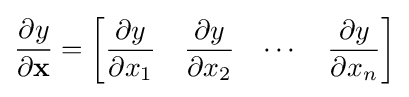
{\frac {\partial y}{\partial \mathbf {x} }}={\begin{bmatrix}{\dfrac {\partial y}{\partial x_{1}}}&{\dfrac {\partial y}{\partial x_{2}}}&\cdots &{\dfrac {\partial y}{\partial x_{n}}}\end{bmatrix}}